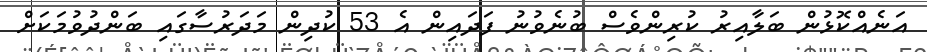
އަނެއްކޮޅުން ބަލާއިރު ކުރިންވެސް ބުނެވުނު ފަދައިން އެ 53 ކުދިން މަދަރުސާގައި ބަންދުވުމަކަށް